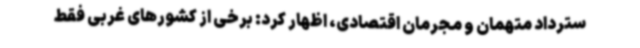
سترداد متهمان و مجرمان اقتصادی، اظهار کرد: برخی از کشورهای غربی فقط